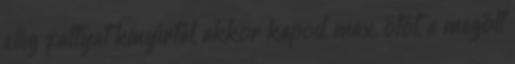
elég fattyat kinyírtál, akkor kapod, max. ötöt, a megölt